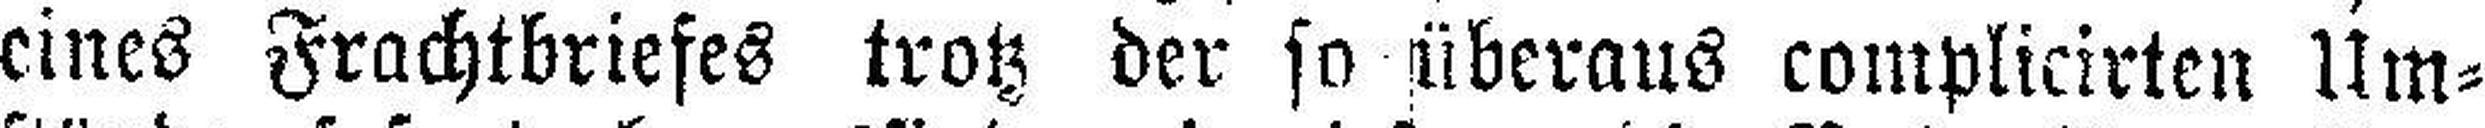
eines Frachtbriefes trotz der so überaus complicirten Um¬